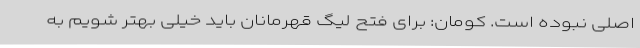
اصلی نبوده است. کومان: برای فتح لیگ قهرمانان باید خیلی بهتر شویم به